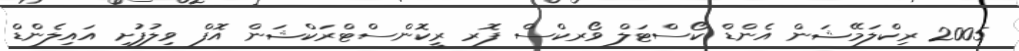
2005 ރިކްލަމޭޝަން އެންޑް ކޯސްޓަލް ވޯރކްސް ފޮރ ރީކޮންސްޓްރަކްޝަން އޮފް ވިލުފުށި އައިލެންޑް